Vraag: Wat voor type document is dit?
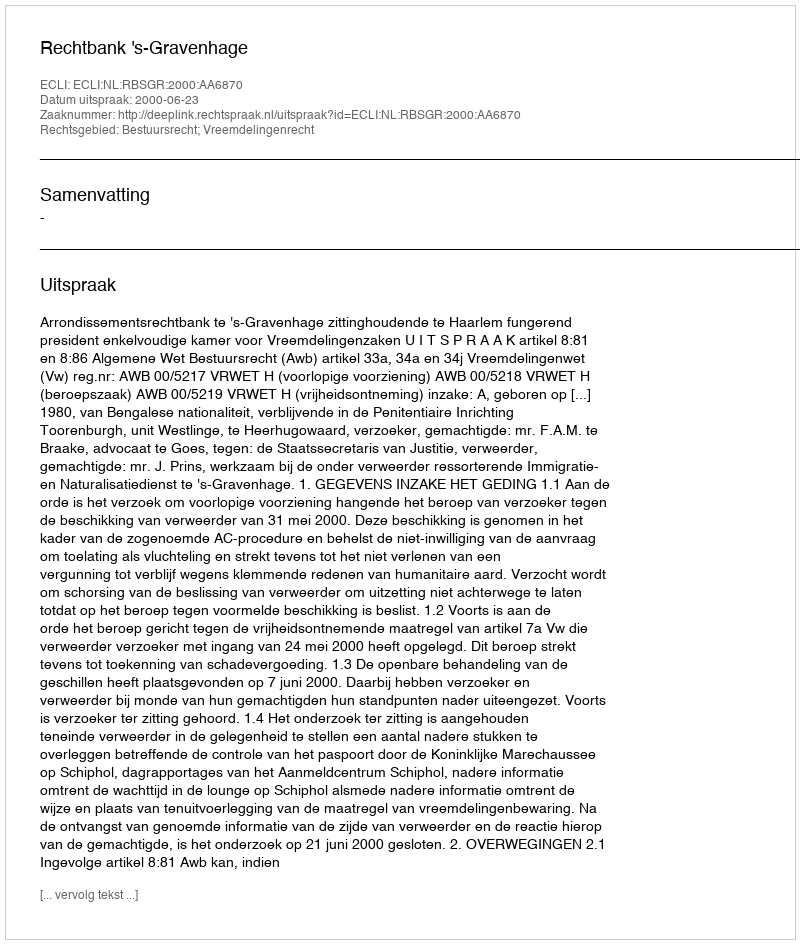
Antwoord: Uitspraak